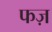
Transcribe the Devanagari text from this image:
फज़